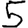
Digit: 5